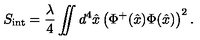
S _ { \mathrm { i n t } } = { \frac { \lambda } { 4 } } \int \! \! \! \! \! \int d ^ { 4 } \hat { x } \left( \Phi ^ { + } ( \hat { x } ) \Phi ( \hat { x } ) \right) ^ { 2 } .